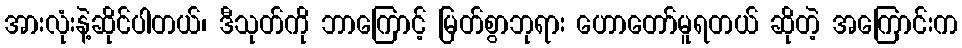
အားလုံးနဲ့ဆိုင်ပါတယ်၊ ဒီသုတ်ကို ဘာကြောင့် မြတ်စွာဘုရား ဟောတော်မူရတယ် ဆိုတဲ့ အကြောင်းက